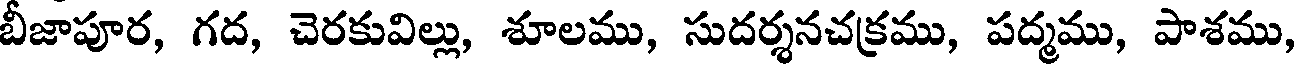
బీజాపూర, గద, చెరకువిల్లు, శూలము, సుదర్శనచక్రము, పద్మము, పాశము,